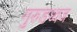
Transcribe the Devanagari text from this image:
गुरुडध्वज